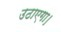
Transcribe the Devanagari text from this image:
उठाएगा।